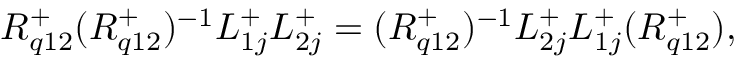
{ R } _ { q 1 2 } ^ { + } ( { R } _ { q 1 2 } ^ { + } ) ^ { - 1 } L _ { 1 j } ^ { + } L _ { 2 j } ^ { + } = ( { R } _ { q 1 2 } ^ { + } ) ^ { - 1 } L _ { 2 j } ^ { + } L _ { 1 j } ^ { + } ( { R } _ { q 1 2 } ^ { + } ) ,